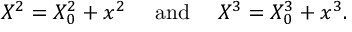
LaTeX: X ^ { 2 } = X _ { 0 } ^ { 2 } + x ^ { 2 } \ \ \ \ \mathrm { a n d } \ \ \ \ X ^ { 3 } = X _ { 0 } ^ { 3 } + x ^ { 3 } .